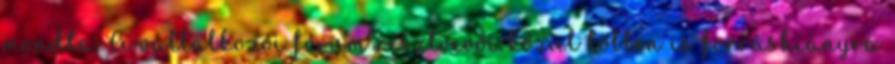
mondta. A vállalkozói fórum résztvevői közül többen is forráshiányra